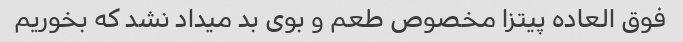
فوق العاده پیتزا مخصوص طعم و بوی بد میداد نشد که بخوریم